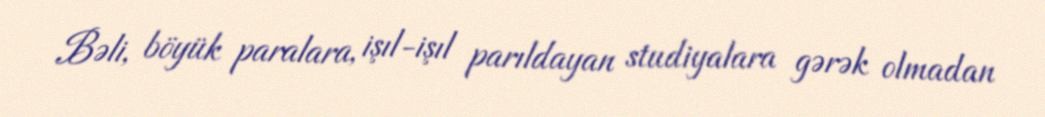
Bəli, böyük paralara, işıl-işıl parıldayan studiyalara gərək olmadan